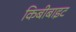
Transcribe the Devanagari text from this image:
किबीबाइट